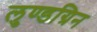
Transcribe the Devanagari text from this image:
लुण्डग्रिन